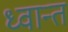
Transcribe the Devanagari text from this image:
ध्वान्त